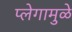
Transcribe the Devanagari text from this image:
प्लेगामुळे